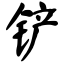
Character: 铲